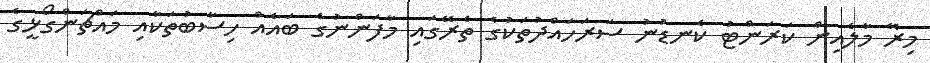
މިރޭ މާލެއިން ކަރަންޓު ކެނޑުނު ސަރަހައްދުތަކުގެ ތެރޭގައި މާފަންނުގެ ބައެއް ހިސާބުތަކާއި މައްޗަންގޯޅީގެ